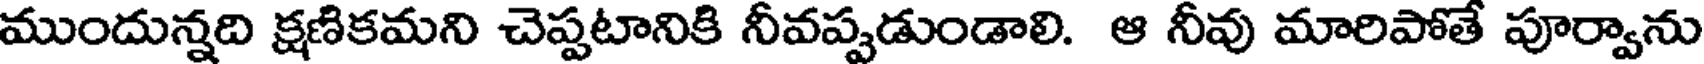
ముందున్నది క్షణికమని చెప్పటానికి నీవప్పడుండాలి. ఆ నీవు మారిపోతే పూర్వాను